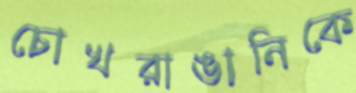
চোখরাঙানিকে